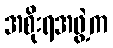
အစိုးရအဖွဲ့က